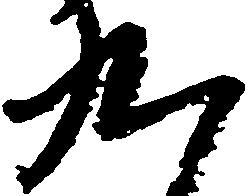
九